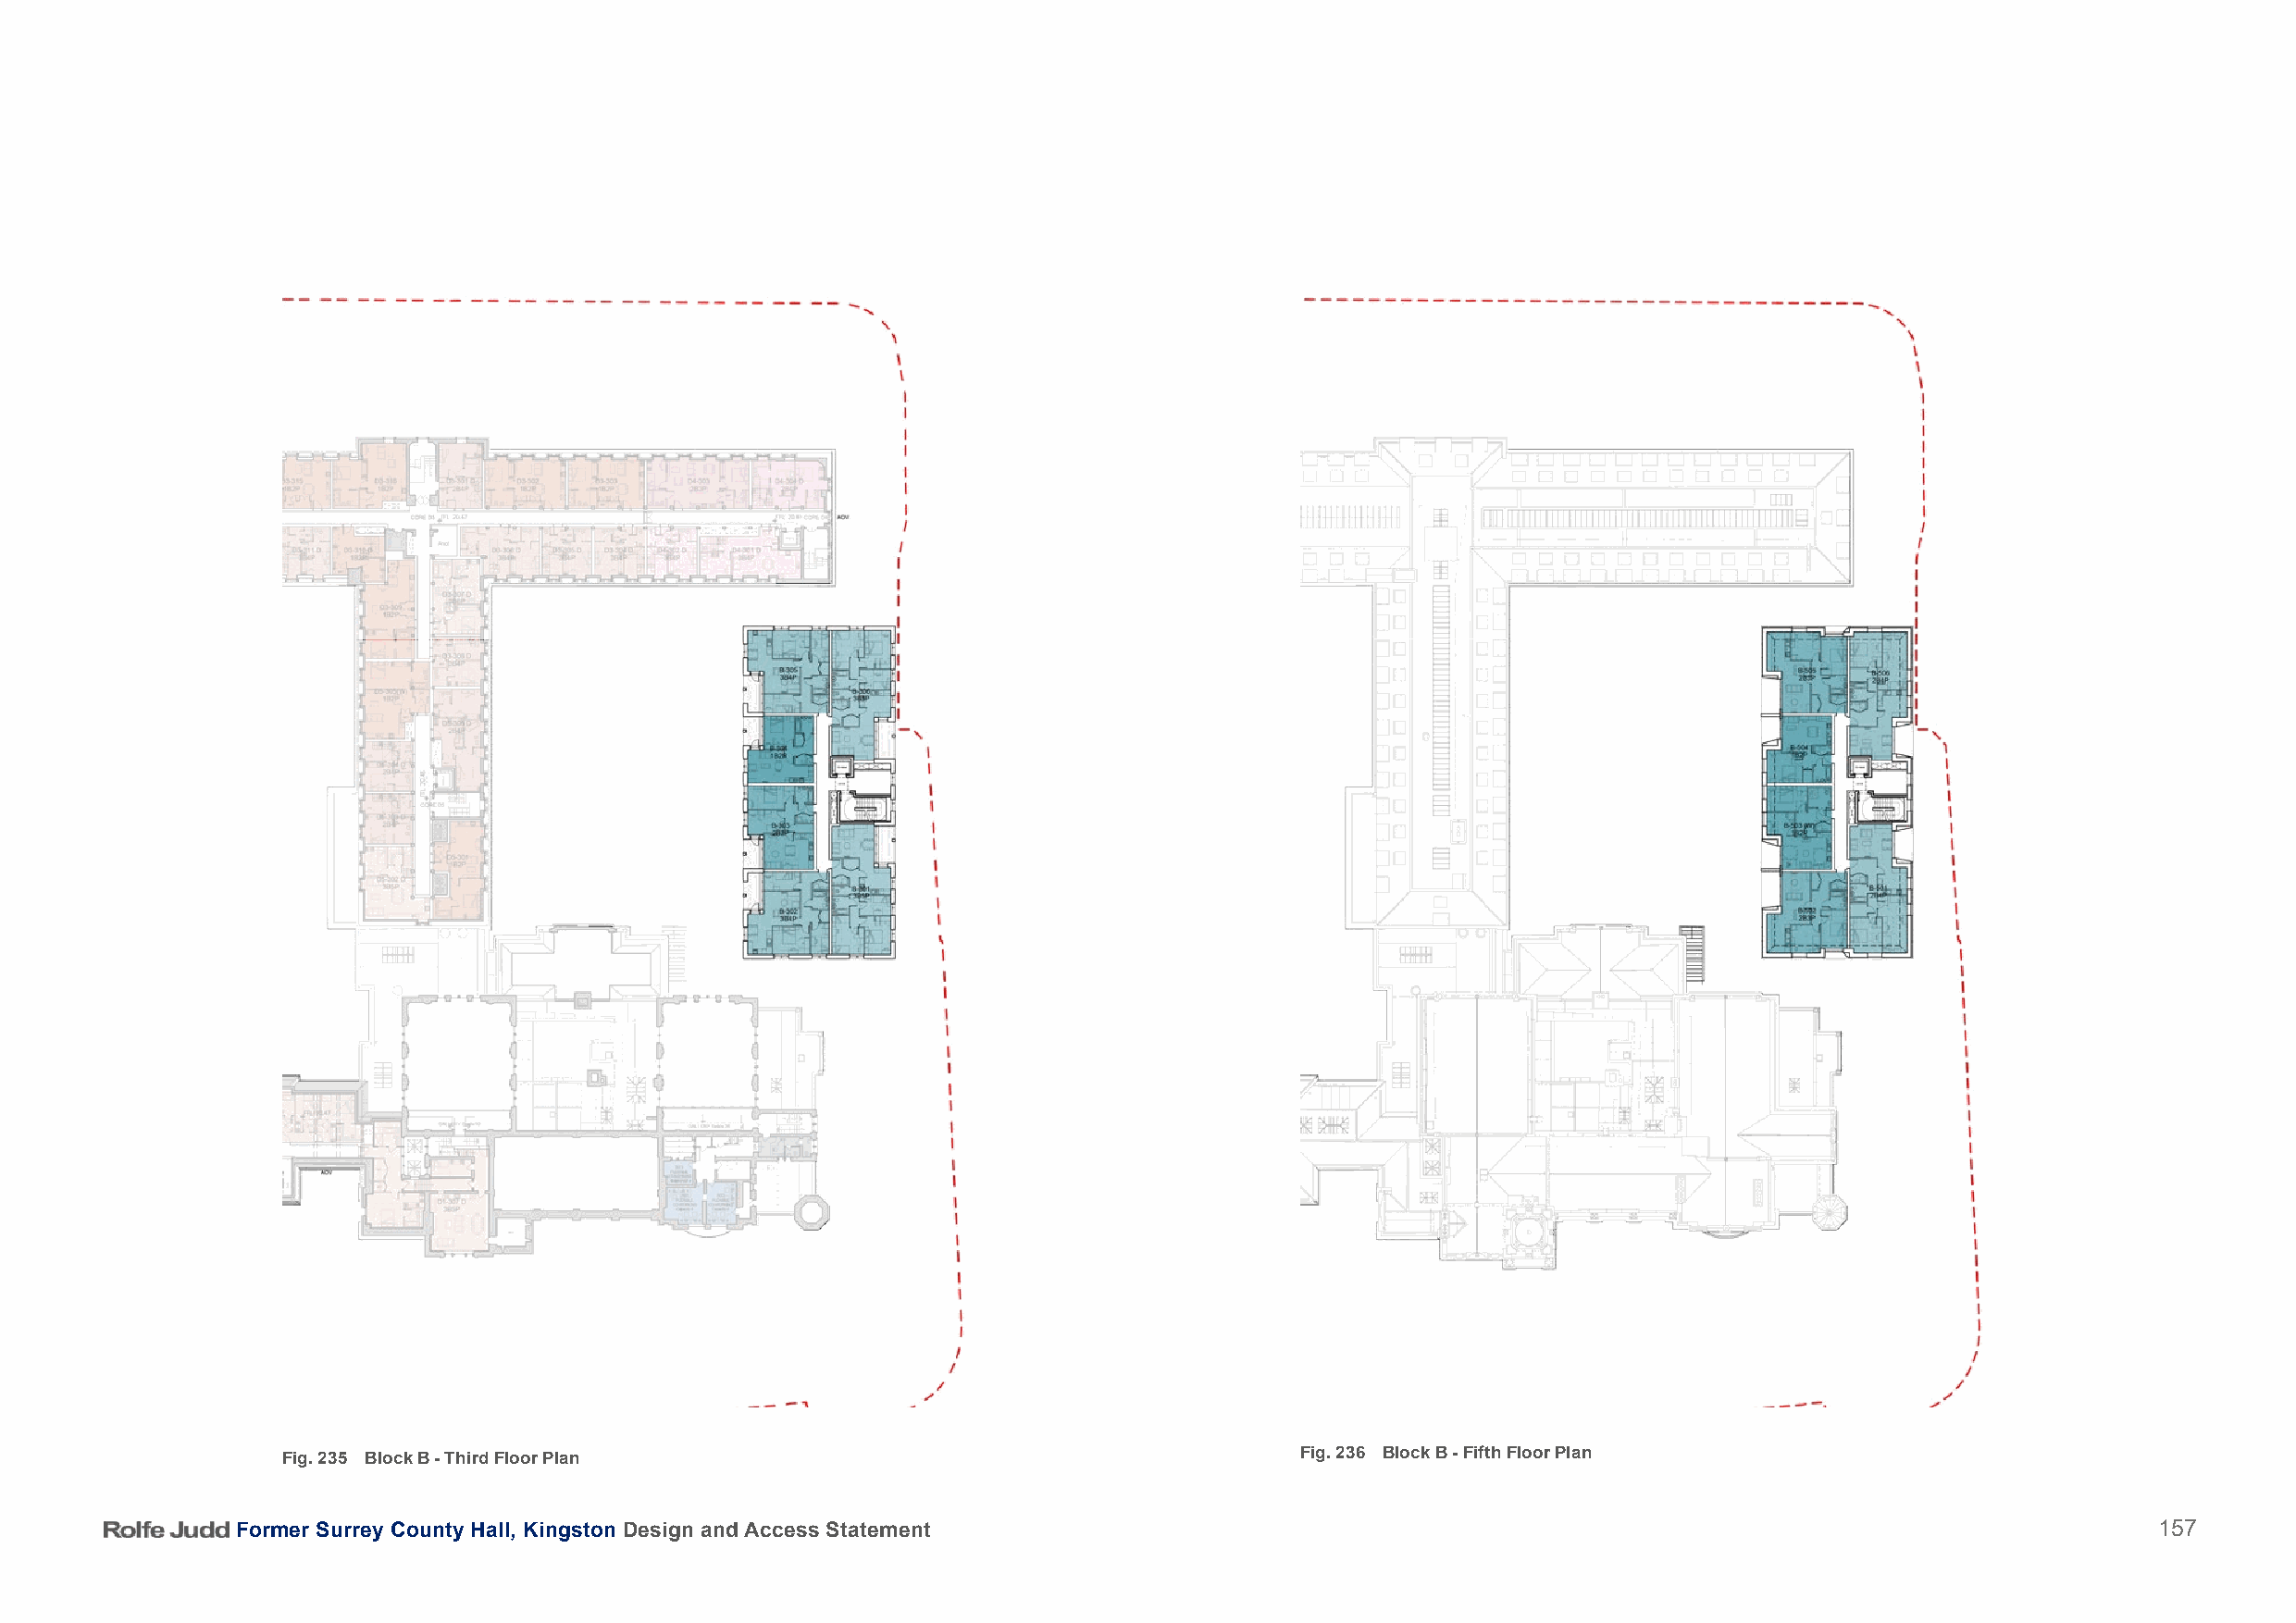
Fig. 235 Block B - Third Floor Plan                                      Fig. 236 Block B - Fifth Floor Plan
 Former Surrey County Hall, Kingston Design and Access Statement                                                                          157